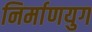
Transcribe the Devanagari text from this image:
निर्माणयुग